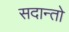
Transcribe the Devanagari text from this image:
सदान्तो